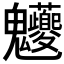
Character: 𩵉